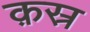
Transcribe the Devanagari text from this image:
क़स्र